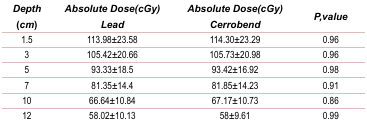
<table><thead><tr><td><b><i>Depth</i>(<i>cm</i>)</b></td><td><b><i>Absolute Dose(cGy)</i><i>Lead</i></b></td><td><b><i>Absolute Dose(cGy)</i><i>Cerrobend</i></b></td><td><b><i>P,value</i></b></td></tr></thead><tbody><tr><td> 1.5 </td><td> 113.98±23.58 </td><td> 114.30±23.29 </td><td> 0.96 </td></tr><tr><td> 3 </td><td> 105.42±20.66 </td><td> 105.73±20.98 </td><td> 0.96 </td></tr><tr><td> 5 </td><td> 93.33±18.5 </td><td> 93.42±16.92 </td><td> 0.98 </td></tr><tr><td> 7 </td><td> 81.35±14.4 </td><td> 81.85±14.23 </td><td> 0.91 </td></tr><tr><td> 10 </td><td> 66.64±10.84 </td><td> 67.17±10.73 </td><td> 0.86 </td></tr><tr><td> 12 </td><td> 58.02±10.13 </td><td> 58±9.61 </td><td> 0.99 </td></tr></tbody></table>